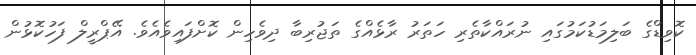
ކޮވިޑްގެ ބަލިމަޑުކަމުގައި ނުރައްކާތެރި ހަތަރު ރާޅެއްގެ ތަޖުރިބާ ދިވެހިން ކޮށްފައިވެއެވެ. އޭޕްރީލް ފަހުކޮޅުން